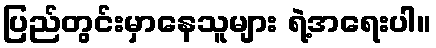
ပြည်တွင်းမှာနေသူများ ရဲ့အရေးပါ။